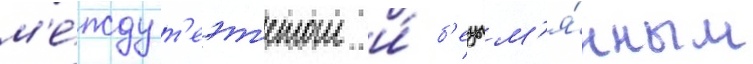
м'е́жду т'еэт'етом и́ б'езым'я́нным